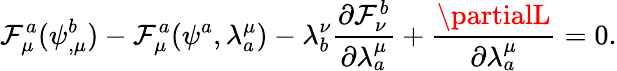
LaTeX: \mathcal{F}_{\mu}^{a}(\psi_{,\mu}^{b})-\mathcal{F}_{\mu}^{a}(\psi^{a},\lambda_{a}^{\mu})-\lambda_{b}^{\nu}\frac{{\partial\mathcal{F}_{\nu}^{b}}}{{\partial\lambda_{a}^{\mu}}}+\frac{{\partialL}}{{\partial\lambda_{a}^{\mu}}}=0.